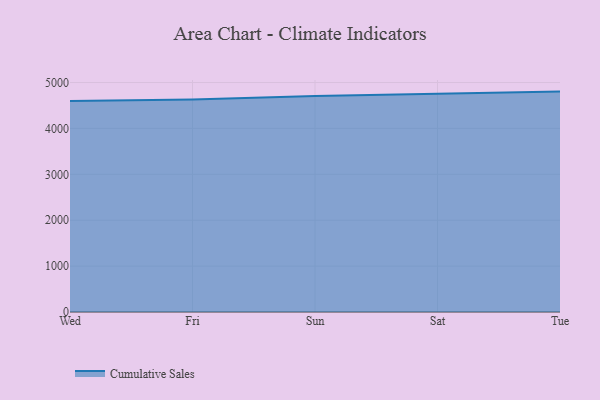
{"axis": {"x": "Day", "y": "Bounce Rate (%)"}, "legend": ["Cumulative Sales"], "data": [{"x": "Wed", "y": 4598.8, "type": "Cumulative Sales"}, {"x": "Fri", "y": 4630.7, "type": "Cumulative Sales"}, {"x": "Sun", "y": 4704.5, "type": "Cumulative Sales"}, {"x": "Sat", "y": 4753.5, "type": "Cumulative Sales"}, {"x": "Tue", "y": 4802.3, "type": "Cumulative Sales"}]}